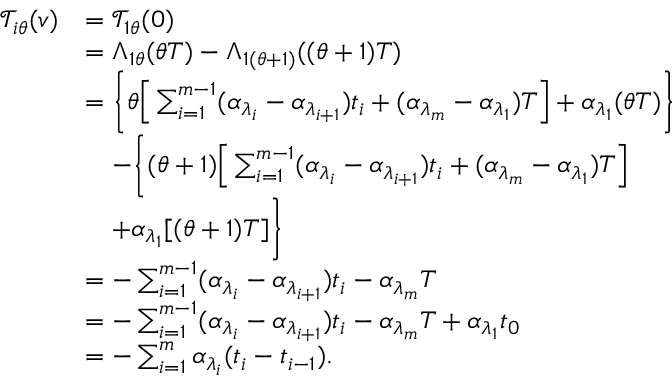
\begin{array} { r l } { \mathcal { T } _ { i \theta } ( v ) } & { = \mathcal { T } _ { 1 \theta } ( 0 ) } \\ & { = \Lambda _ { 1 \theta } ( \theta T ) - \Lambda _ { 1 ( \theta + 1 ) } ( ( \theta + 1 ) T ) } \\ & { = \bigg \{ \theta \Big [ \sum _ { i = 1 } ^ { m - 1 } ( \alpha _ { \lambda _ { i } } - \alpha _ { \lambda _ { i + 1 } } ) t _ { i } + ( \alpha _ { \lambda _ { m } } - \alpha _ { \lambda _ { 1 } } ) T \Big ] + \alpha _ { \lambda _ { 1 } } ( \theta T ) \bigg \} } \\ & { \quad - \bigg \{ ( \theta + 1 ) \Big [ \sum _ { i = 1 } ^ { m - 1 } ( \alpha _ { \lambda _ { i } } - \alpha _ { \lambda _ { i + 1 } } ) t _ { i } + ( \alpha _ { \lambda _ { m } } - \alpha _ { \lambda _ { 1 } } ) T \Big ] } \\ & { \quad + \alpha _ { \lambda _ { 1 } } [ ( \theta + 1 ) T ] \bigg \} } \\ & { = - \sum _ { i = 1 } ^ { m - 1 } ( \alpha _ { \lambda _ { i } } - \alpha _ { \lambda _ { i + 1 } } ) t _ { i } - \alpha _ { \lambda _ { m } } T } \\ & { = - \sum _ { i = 1 } ^ { m - 1 } ( \alpha _ { \lambda _ { i } } - \alpha _ { \lambda _ { i + 1 } } ) t _ { i } - \alpha _ { \lambda _ { m } } T + \alpha _ { \lambda _ { 1 } } t _ { 0 } } \\ & { = - \sum _ { i = 1 } ^ { m } \alpha _ { \lambda _ { i } } ( t _ { i } - t _ { i - 1 } ) . } \end{array}